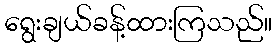
ရွေးချယ်ခန့်ထားကြသည်။